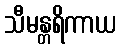
သီမန္တရိကာယ